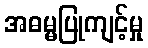
အဓမ္မပြုကျင့်မှု